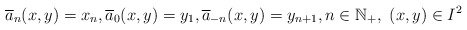
\begin{align*} \overline{a}_n(x, y) = x_n, \overline{a}_0(x, y) = y_1, \overline{a}_{-n}(x, y) = y_{n+1},n \in \mathbb{N}_+, \ (x, y) \in I^2\end{align*}